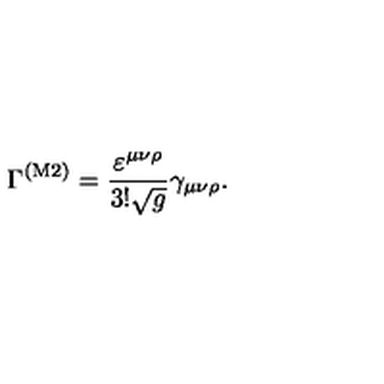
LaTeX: \Gamma ^ { ( \mathrm { M 2 } ) } = \frac { \varepsilon ^ { \mu \nu \rho } } { 3 ! \sqrt g } \gamma _ { \mu \nu \rho } .